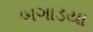
બગાડયા